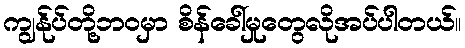
ကျွန်ုပ်တို့ဘဝမှာ စိန်ခေါ်မှုတွေလိုအပ်ပါတယ်။